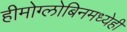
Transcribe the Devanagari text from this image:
हीमोग्लोबिनमध्येही